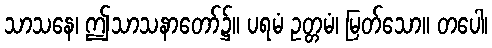
သာသနေ၊ ဤသာသနာတော်၌။ ပရမံ ဥတ္တမံ၊ မြတ်သော။ တပေါ၊